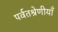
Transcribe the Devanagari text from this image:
पर्वतश्रेणीयाँ